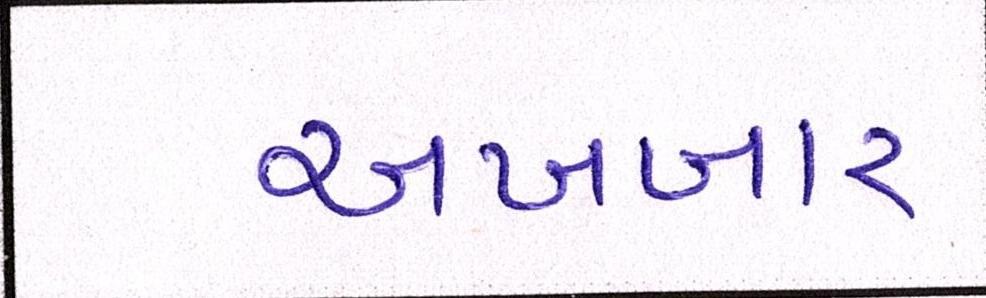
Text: અખબાર